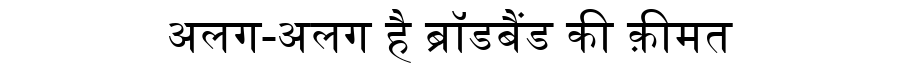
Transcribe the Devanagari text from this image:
अलग-अलग है ब्रॉडबैंड की क़ीमत